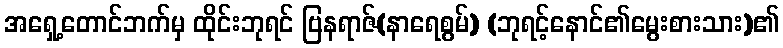
အရှေ့တောင်ဘက်မှ ထိုင်းဘုရင် ဗြနရာဇ်(နာရေစွမ်) (ဘုရင့်နောင်၏မွေးစားသား)၏